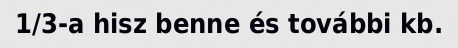
1/3-a hisz benne és további kb.